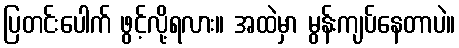
ပြတင်းပေါက် ဖွင့်လို့ရလား။ အထဲမှာ မွန်းကျပ်နေတာပဲ။